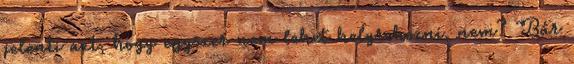
jelenti azt, hogy egyszer nem lehet helyrehozni, nem? Bár